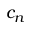
c _ { n }